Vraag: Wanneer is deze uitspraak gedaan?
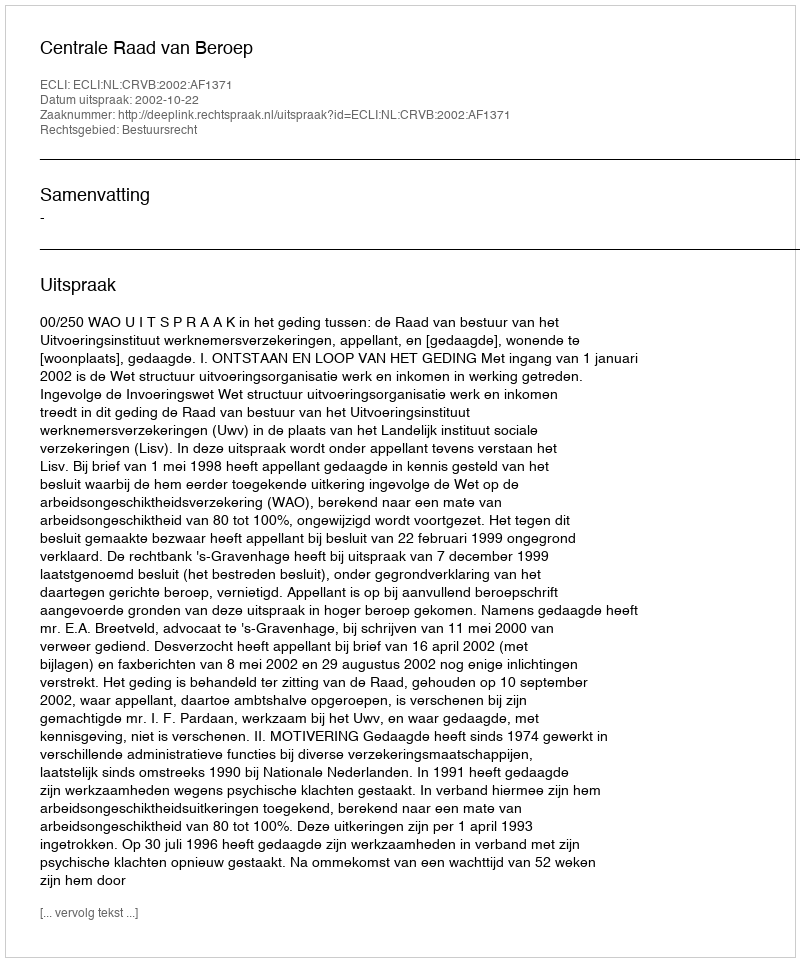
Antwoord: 2002-10-22